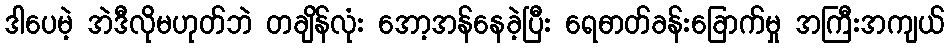
ဒါပေမဲ့ အဲဒီလိုမဟုတ်ဘဲ တချိန်လုံး အော့အန်နေခဲ့ပြီး ရေဓာတ်ခန်းခြောက်မှု အကြီးအကျယ်